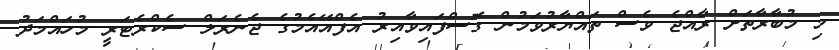
މި މުބާރާތަށް ރާއްޖެ ވެސް ތައްޔާރުވަމުން ގޮސްފައިވާއިރު އެފްއޭއެމުގެ ޖެނެރަލް ސެކްރެޓަރީ މުހައްމަދު